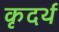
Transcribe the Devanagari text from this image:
कृदर्थ